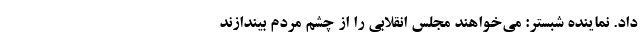
داد. نماینده شبستر: می‌خواهند مجلس انقلابی را از چشم مردم بیندازند